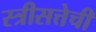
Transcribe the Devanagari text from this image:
स्त्रीसत्तेची